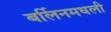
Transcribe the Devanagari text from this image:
बर्लिनमधली